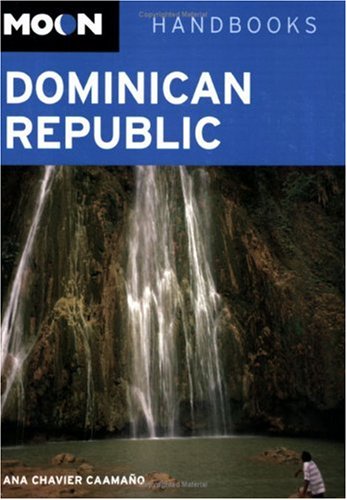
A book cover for Moon Dominican Republic (Moon Handbooks); Ana Chavier Caamano; Travel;